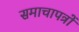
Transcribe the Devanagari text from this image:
समाचापत्रों